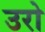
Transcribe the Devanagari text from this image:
उरो